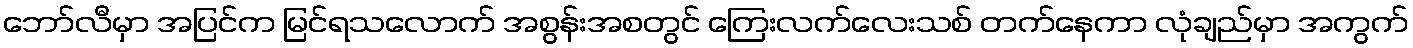
ဘော်လီမှာ အပြင်က မြင်ရသလောက် အစွန်းအစတွင် ကြေးလက်လေးသစ် တက်နေကာ လုံချည်မှာ အကွက်